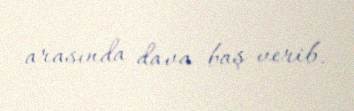
arasında dava baş verib.